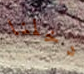
دخلنا